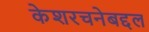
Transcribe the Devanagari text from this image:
केशरचनेबद्दल